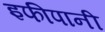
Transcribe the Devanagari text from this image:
इफीपानी